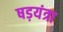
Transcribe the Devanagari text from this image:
षड़यंत्रा